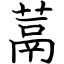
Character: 蒚